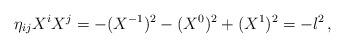
LaTeX: \begin{align*}\eta_{ij}X^i X^j = -(X^{-1})^2 - (X^0)^2 + (X^1)^2 = -l^2\,,\end{align*}